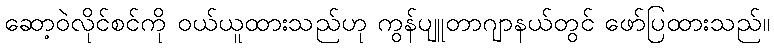
ဆော့ဝဲလိုင်စင်ကို ဝယ်ယူထားသည်ဟု ကွန်ပျူတာဂျာနယ်တွင် ဖော်ပြထားသည်။